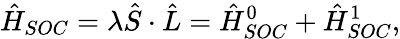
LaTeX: \hat{H}_{SOC}=\lambda\hat{S}\cdot\hat{L}=\hat{H}_{SOC}^{0}+\hat{H}_{SOC}^{1},